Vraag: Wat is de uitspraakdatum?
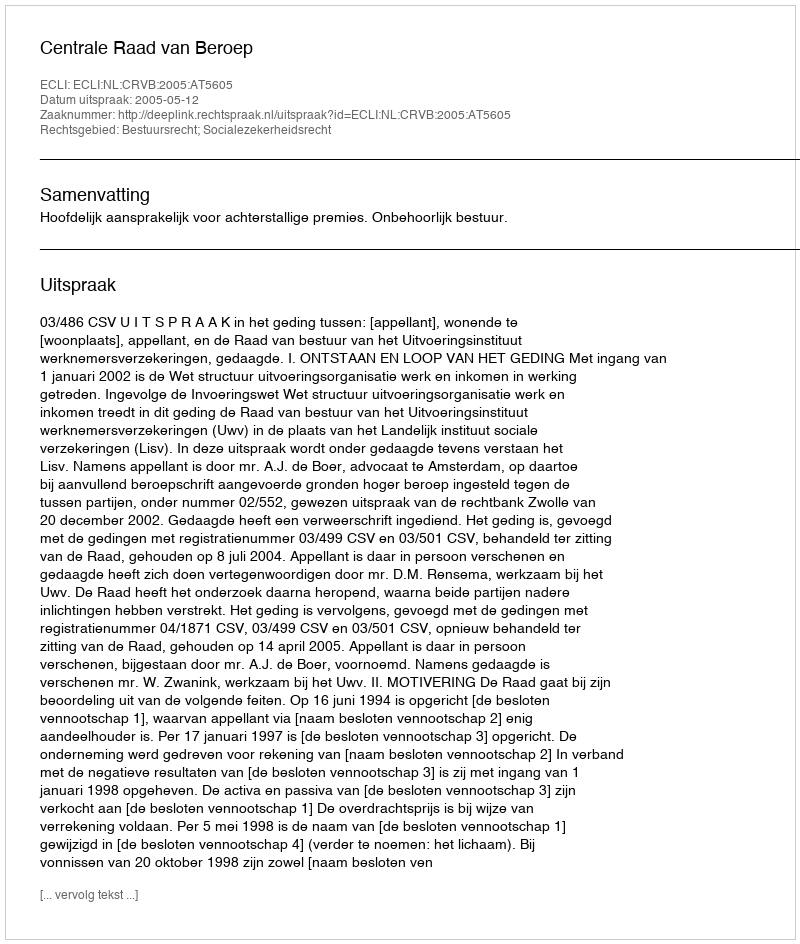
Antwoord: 2005-05-12